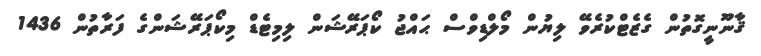
ޤާނޫނީގޮތުން ގެޒެޓްކުރެވޭ ލިޔުން މޯލްޑިވްސް ޙައްޖު ކޯޕަރޭޝަން ލިމިޓެޑް މިކޯޕަރޭޝަންގެ ފަރާތުން 1436